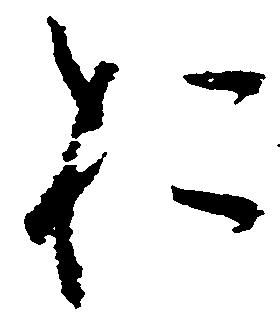
於